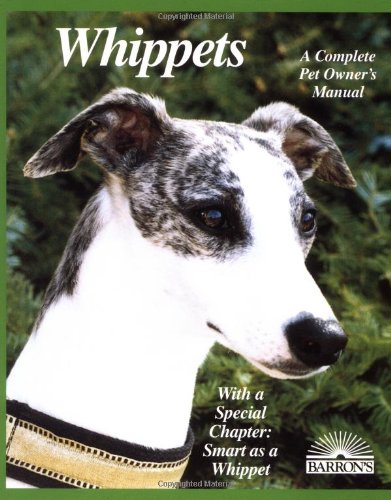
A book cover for Whippets (Complete Pet Owner's Manuals); D. Caroline Coile Ph.D.; Crafts, Hobbies & Home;